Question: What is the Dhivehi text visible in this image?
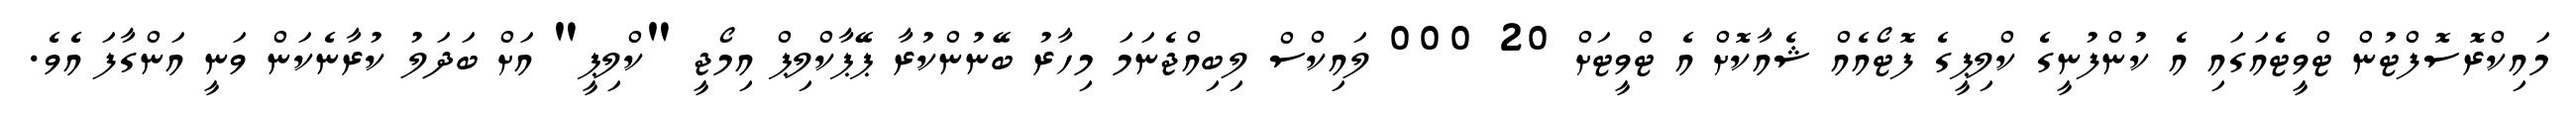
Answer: މައިކްރޮސޮފްޓުން ޓްވީޓެއަގައި އެ ކުންފުނީގެ ކްލިޕީގެ ފޮޓޯއެއް ޝެއާކޮށް އެ ޓްވީޓަށް 20 000 ލައިކްސް ލިބިއްޖެނަމަ މިހާރު ބޭނުންކުރާ ޕޭޕާކްލިޕް އިމޯޖީ "ކްލިޕީ" އަށް ބަދަލު ކުރާނެކަން ވަނީ އަންގާފަ އެވެ.